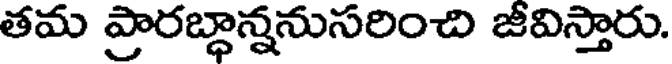
తమ ప్రారబ్ధాన్ననుసరించి జీవిస్తారు.